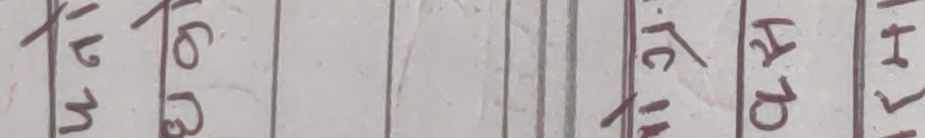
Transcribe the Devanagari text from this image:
१७.११ १६.०२ १६.५१ CL१ CL११